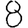
Digit: 8